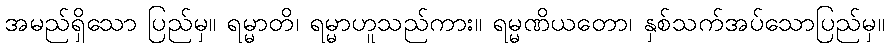
အမည်ရှိသော ပြည်မှ။ ရမ္မာတိ၊ ရမ္မာဟူသည်ကား။ ရမ္မဏိယတော၊ နှစ်သက်အပ်သောပြည်မှ။